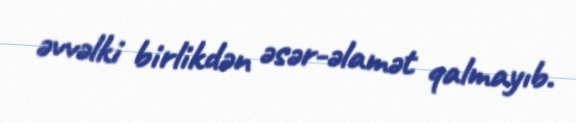
əvvəlki birlikdən əsər-əlamət qalmayıb.